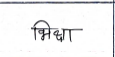
मजकूर: भिक्षा